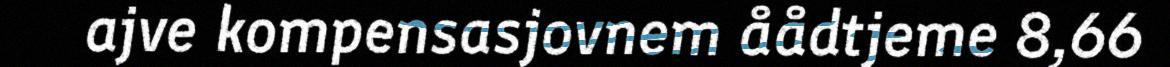
ajve kompensasjovnem åådtjeme 8,66